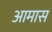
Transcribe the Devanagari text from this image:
आमास